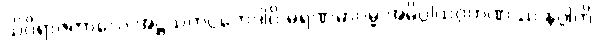
သိဝိရာဇကာလေ အဋ္ဌသတပ္ပဘေဒါပိ မရဏမာဂမ္မ အဓိပ္ပါယဂ္ဂဟဏဿ နဂ္ဂါတိ